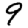
Digit: 9